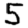
Digit: 5